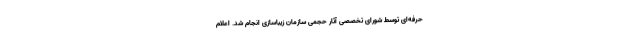
حرفه‌ای توسط شورای تخصصی آثار حجمی ‌سازمان زیباسازی انجام شد. اعلام